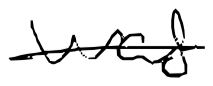
Text: was
Cross-out: single-line
Writing tool: digital_black